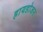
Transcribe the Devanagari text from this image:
हायडोजन